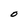
Character: O